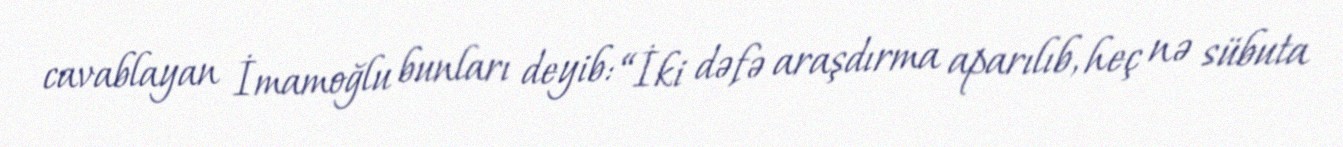
cavablayan İmamoğlu bunları deyib: “İki dəfə araşdırma aparılıb, heç nə sübuta